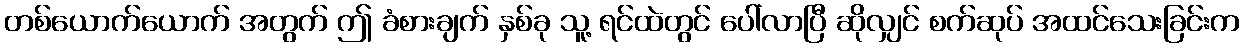
တစ်ယောက်ယောက် အတွက် ဤ ခံစားချက် နှစ်ခု သူ့ ရင်ထဲတွင် ပေါ်လာပြီ ဆိုလျှင် စက်ဆုပ် အထင်သေးခြင်းက